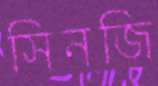
সিনজি